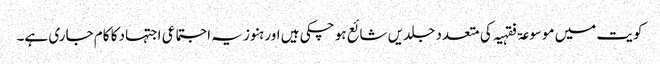
کویت میں موسوعۃ فقہیہ کی متعدد جلدیں شائع ہو چکی ہیں اور ہنوز یہ اجتماعی اجتہاد کا کام جاری ہے۔